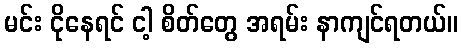
မင်း ငိုနေရင် ငါ့ စိတ်တွေ အရမ်း နာကျင်ရတယ်။